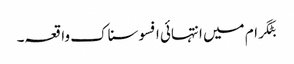
بٹگرام میں انتہائی افسوسناک واقعہ۔